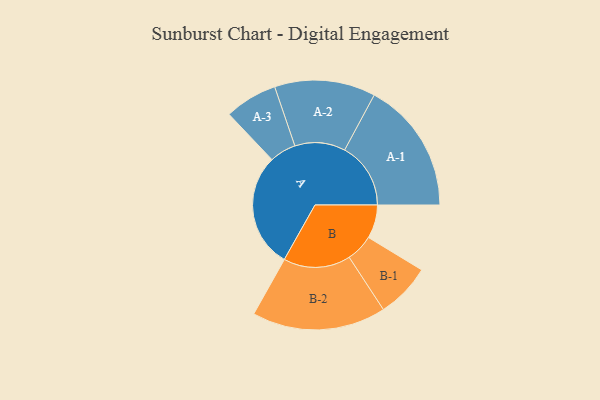
{"axis": {"x": "Segment", "y": "Value"}, "legend": ["", "A", "B"], "data": [{"x": "A", "y": 500, "type": ""}, {"x": "B", "y": 146, "type": ""}, {"x": "A-1", "y": 288, "type": "A"}, {"x": "A-2", "y": 220, "type": "A"}, {"x": "A-3", "y": 115, "type": "A"}, {"x": "B-1", "y": 119, "type": "B"}, {"x": "B-2", "y": 292, "type": "B"}]}